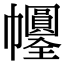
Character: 𢆀